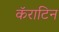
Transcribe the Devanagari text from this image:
कॅराटिन